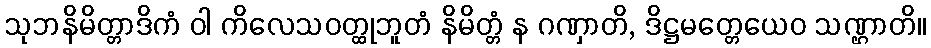
သုဘနိမိတ္တာဒိကံ ဝါ ကိလေသဝတ္ထုဘူတံ နိမိတ္တံ န ဂဏှာတိ, ဒိဋ္ဌမတ္တေယေဝ သဏ္ဌာတိ။